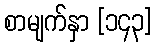
စာမျက်နှာ [၁၄၃]